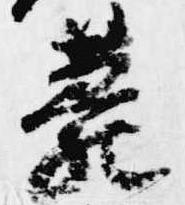
薨